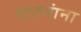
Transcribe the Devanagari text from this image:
यातनांना